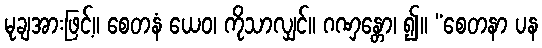
မုချအားဖြင့်။ စေတနံ ယေဝ၊ ကိုသာလျှင်။ ဂဏှန္တော၊ ၍။ “စေတနာ ပန